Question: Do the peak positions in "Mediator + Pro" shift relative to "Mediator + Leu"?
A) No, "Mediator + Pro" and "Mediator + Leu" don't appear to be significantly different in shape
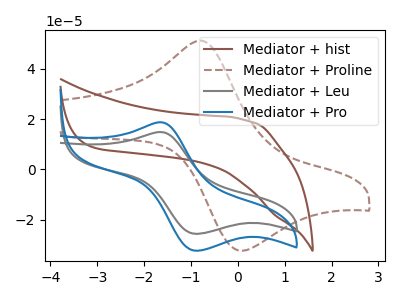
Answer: <think>The brown curve "Mediator + hist" has no peaks. The brown dashed curve "Mediator + Proline" has an anodic peak at (-0.80V, 51.20uA) and a cathodic peak at (0.05V, -32.35uA). The gray curve "Mediator + Leu" has an anodic peak at (-1.65V, 14.90uA) and a cathodic peak at (-0.85V, -25.65uA). The blue curve "Mediator + Pro" has an anodic peak at (-1.65V, 18.80uA) and a cathodic peak at (-0.85V, -32.35uA).
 All the peaks in "Mediator + Pro" have a peak in "Mediator + Leu" at the same potential. Every peak in "Mediator + Pro" is higher than every peak in "Mediator + Leu".</think>
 <answer>A) No, "Mediator + Pro" and "Mediator + Leu" don't appear to be significantly different in shape</answer>
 <eval>A</eval>